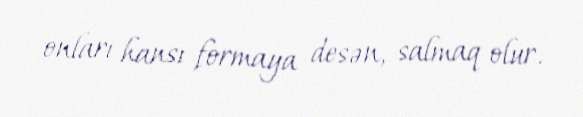
onları hansı formaya desən, salmaq olur.